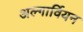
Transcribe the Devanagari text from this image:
अल्गार्वियन